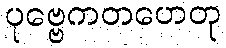
ပုဗ္ဗေကတဟေတု